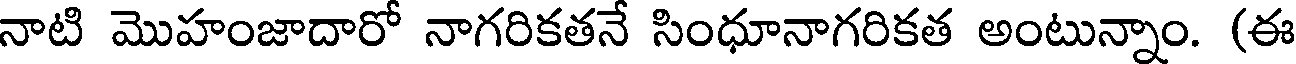
నాటి మొహంజాదారో నాగరికతనే సింధూనాగరికత అంటున్నాం. (ఈ